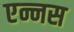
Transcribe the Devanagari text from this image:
एन्नस